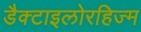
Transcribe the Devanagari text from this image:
डैक्टाइलोरहिज्म